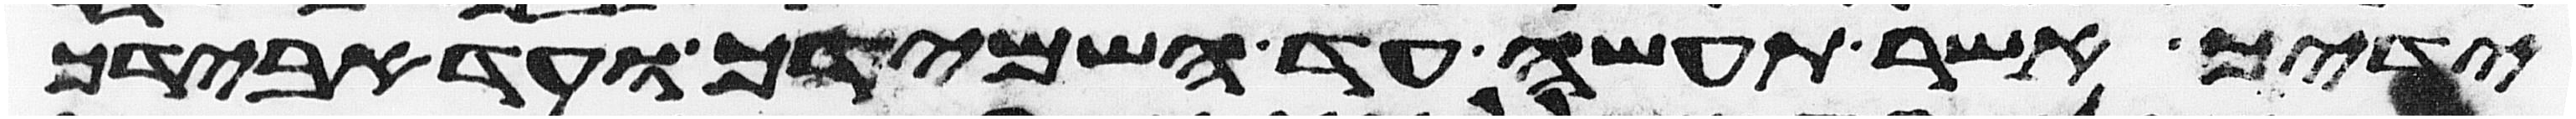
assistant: ידיך אשר תעשה עד השמידך ועד אבידך